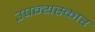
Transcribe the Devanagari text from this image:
उपन्यस्कार